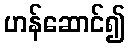
ဟန်ဆောင်၍